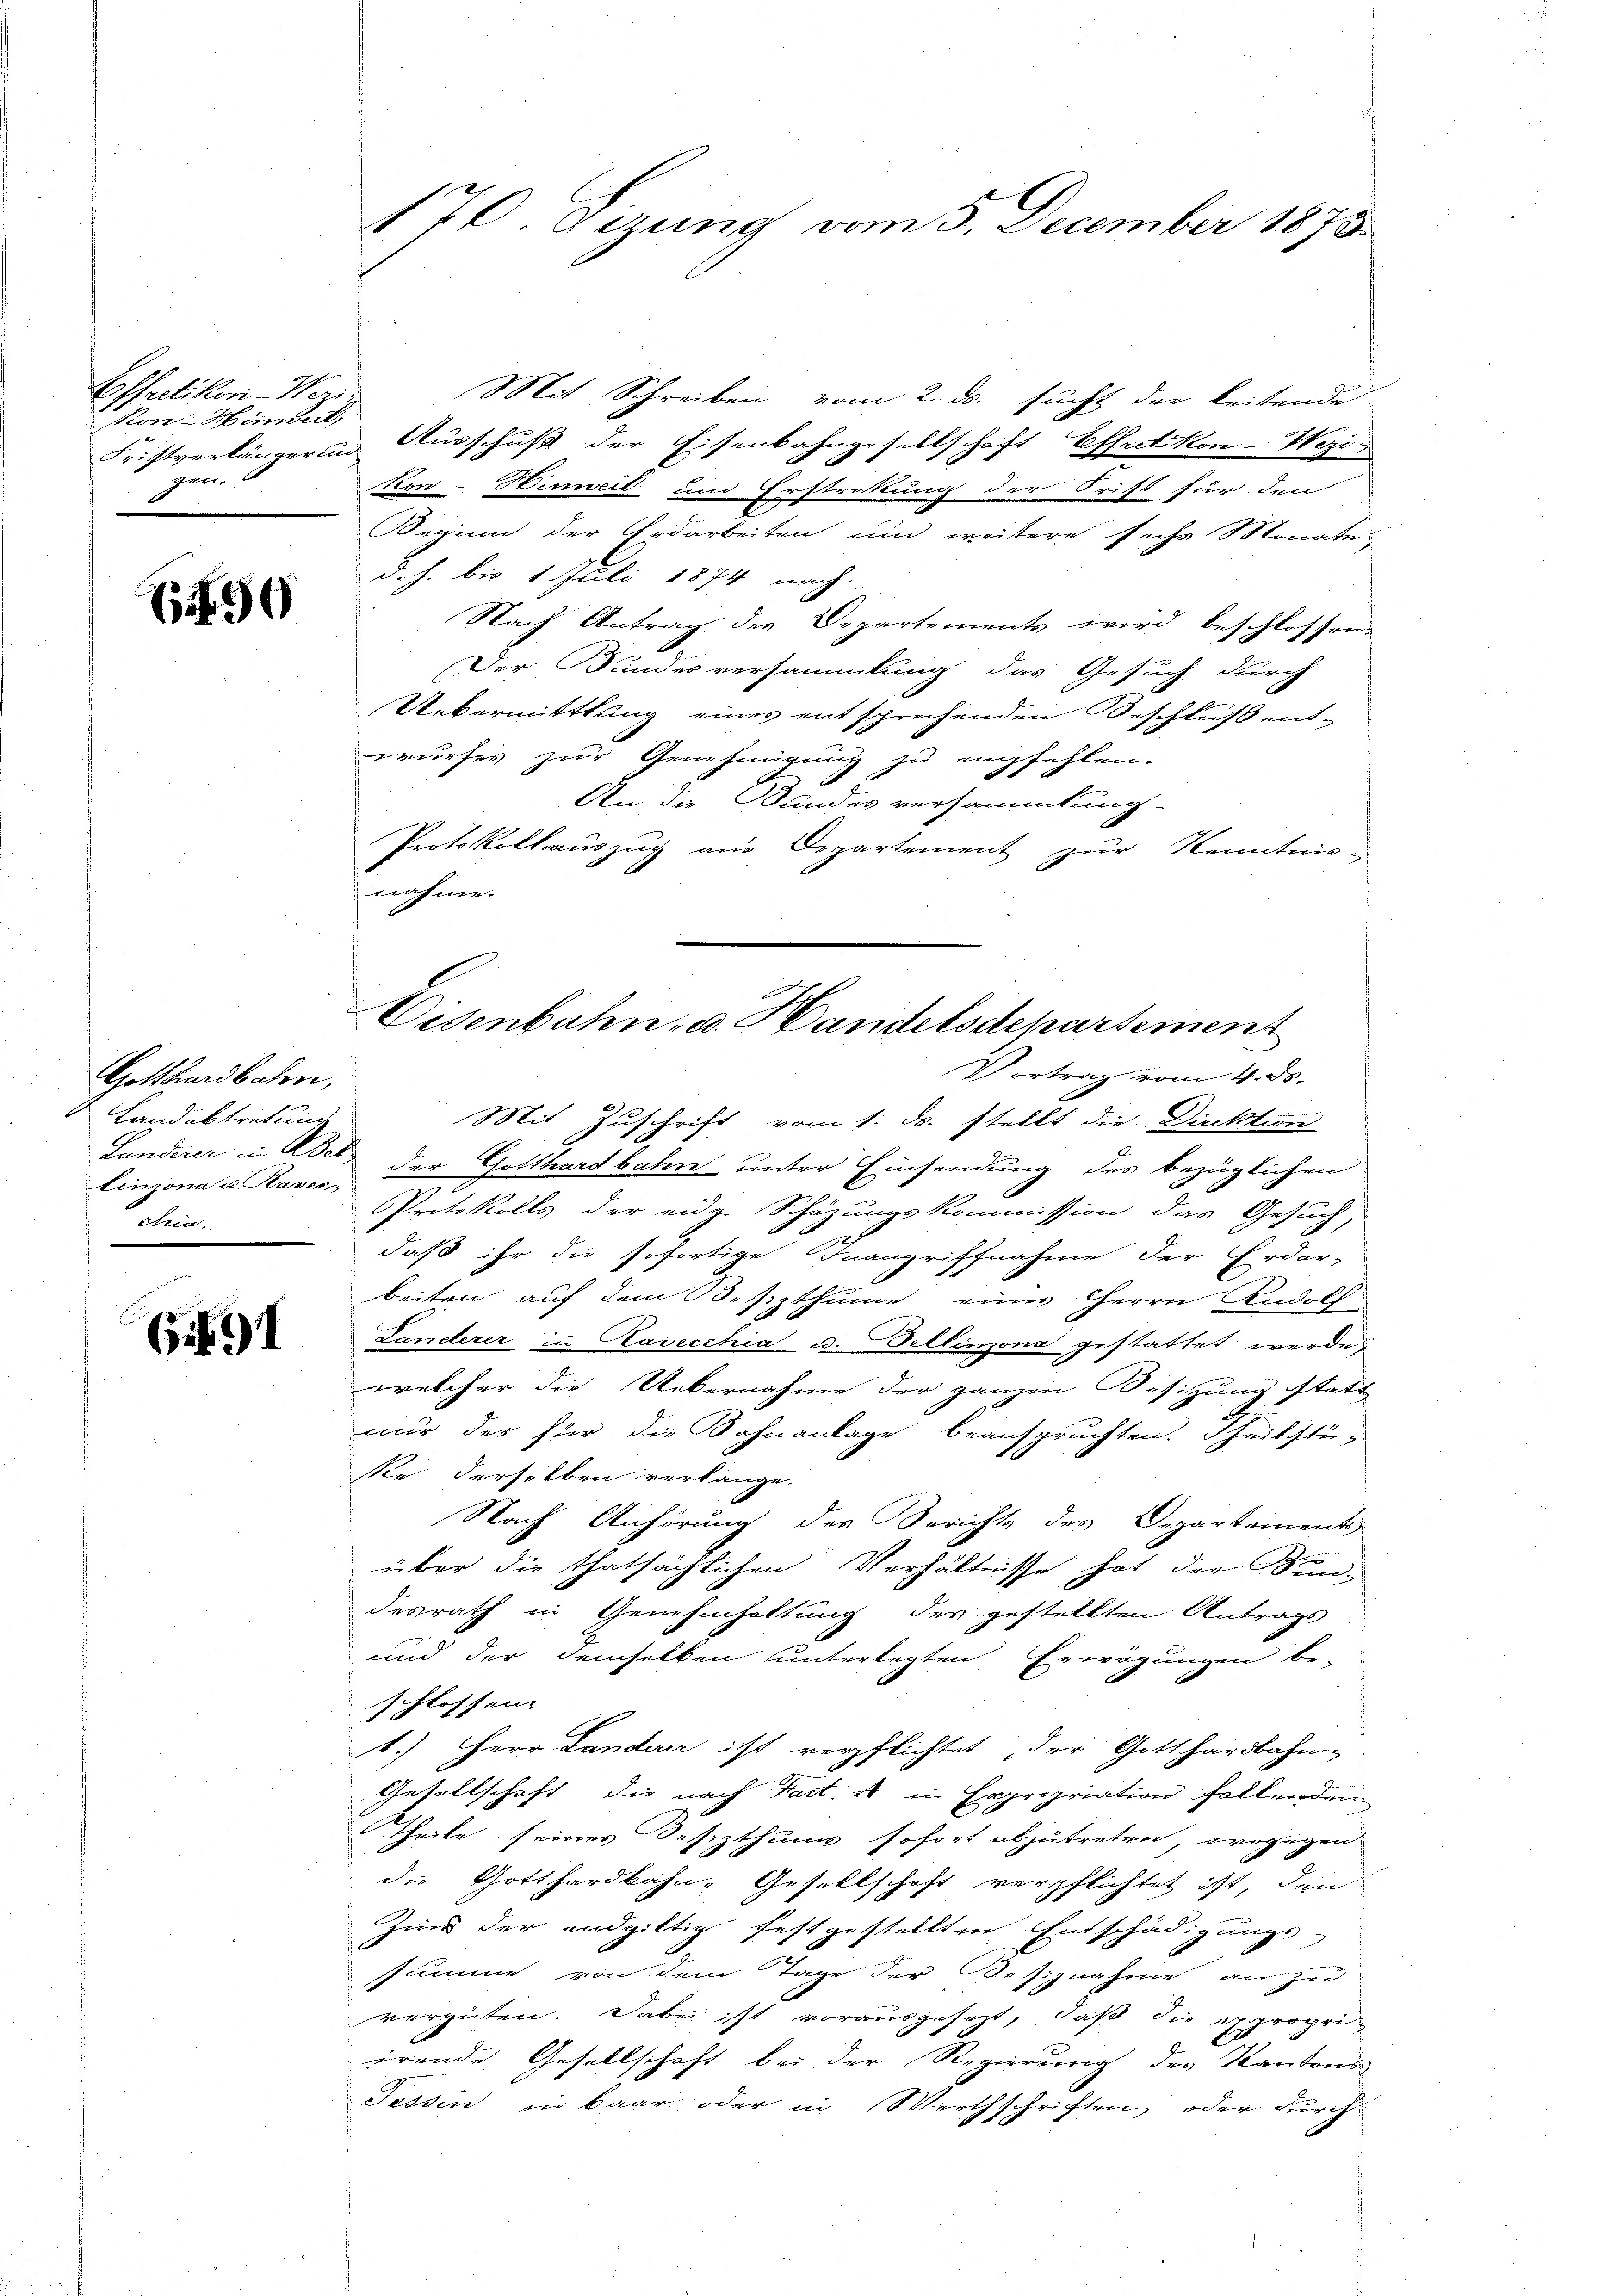
Coffretikon-Wezi¬
Non-Hinnert,
gen.
e

690

Gotthardbahren,
Landabtretung
livona u. Karn,
olbein

91

170 dizung vom 5. December 1873.

Mit Schreiben vom 2. ds. sucht der leitende
Fristverlängerin Ausschuß der Eisenbahngesellschaft Effretikon-Wezi
kon-Hinweil und Erstrakung der Frist für den
Beginn der Erdarbeiten und weitere sechs Monates
d. h. bis 1. Juli 1874 nach.
Nach Antrag der Departements wird beschlossen.
Der Bundesversammlung das Gesuch durch
Uebermittlung eines entsprechenden Beschluß entwurfes zur Genehmigung zu empfehlen.
An die Bundes versammlung
Protokollauszug aus Departement zur Kenntnis-
nahme.
Vortrag vom 4. ds.
Mit Zuschrift vom 1. ds. stellt die Direktion
Landerer in Adel, der Gotthardbahn unter Einsendung des bezüglichen
Protokolls der eidg. Schäzungskommission das Gesuch,
daß ihr die sofortige Inangriffnahme der Erdar-
beiten auf dem Besizthume einer Herrn Rudolf
Landerer in Kavecchia u. Bellinzona gestattet werde;
welcher die Uebernahme der ganzen Besizung statt
nur des für die Bahnanlage beanspruchten. Scheibstü-
Se derselben verlange.
Nach Anhörung des Berichts des Departements
über die thatsächlichen Verhältnisse hat der Sun-
desrath in Genehmhaltung des gestellten Antrags
und der demselben unterlegten Erwägungen be-
schlossen
1.) Herr Landerer ist verpflichtet, der Gotthardbahn¬
Gesellschaft die nach Fact. 1 in Expropriation fallenden
theile seines Desizthums sofort abzutreten, wogegen
die Gotthardbahn- Gesellschaft verpflichtet ist, den
Zins der endgültig festgestellten Entschädigungs-
summe von dem Tage der Besiznahme an zu
vergüten. Dabei ist vorausgesezt, daß die expropriirende Gesellschaft bei der Regierung des Kantons
Tessin in baar oder in Werthschriften, oder durch

Eisenbahn- u. Handelsdepartement